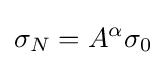
\sigma _{N}=A^{\alpha }\sigma _{0}